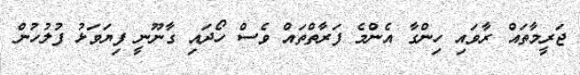
ޖަރީމާތައް ރާވައި ހިންގާ އެންމެ ފަރާތްތައް ވެސް ހޯދައި ގާނޫނީ ފިޔަވަޅު ފުލުހުން